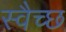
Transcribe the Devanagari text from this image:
स्वैच्छ